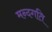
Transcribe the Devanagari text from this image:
मन्दगति